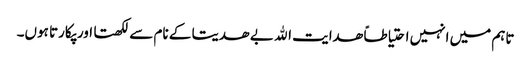
تاہم میں انہیں احتیاطاً ھدایت الله بے ھدیتا کے نام سے لکھتا اور پکارتا ہوں۔